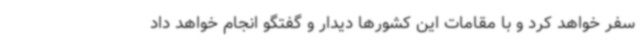
سفر خواهد کرد و با مقامات این کشورها دیدار و گفتگو انجام خواهد داد